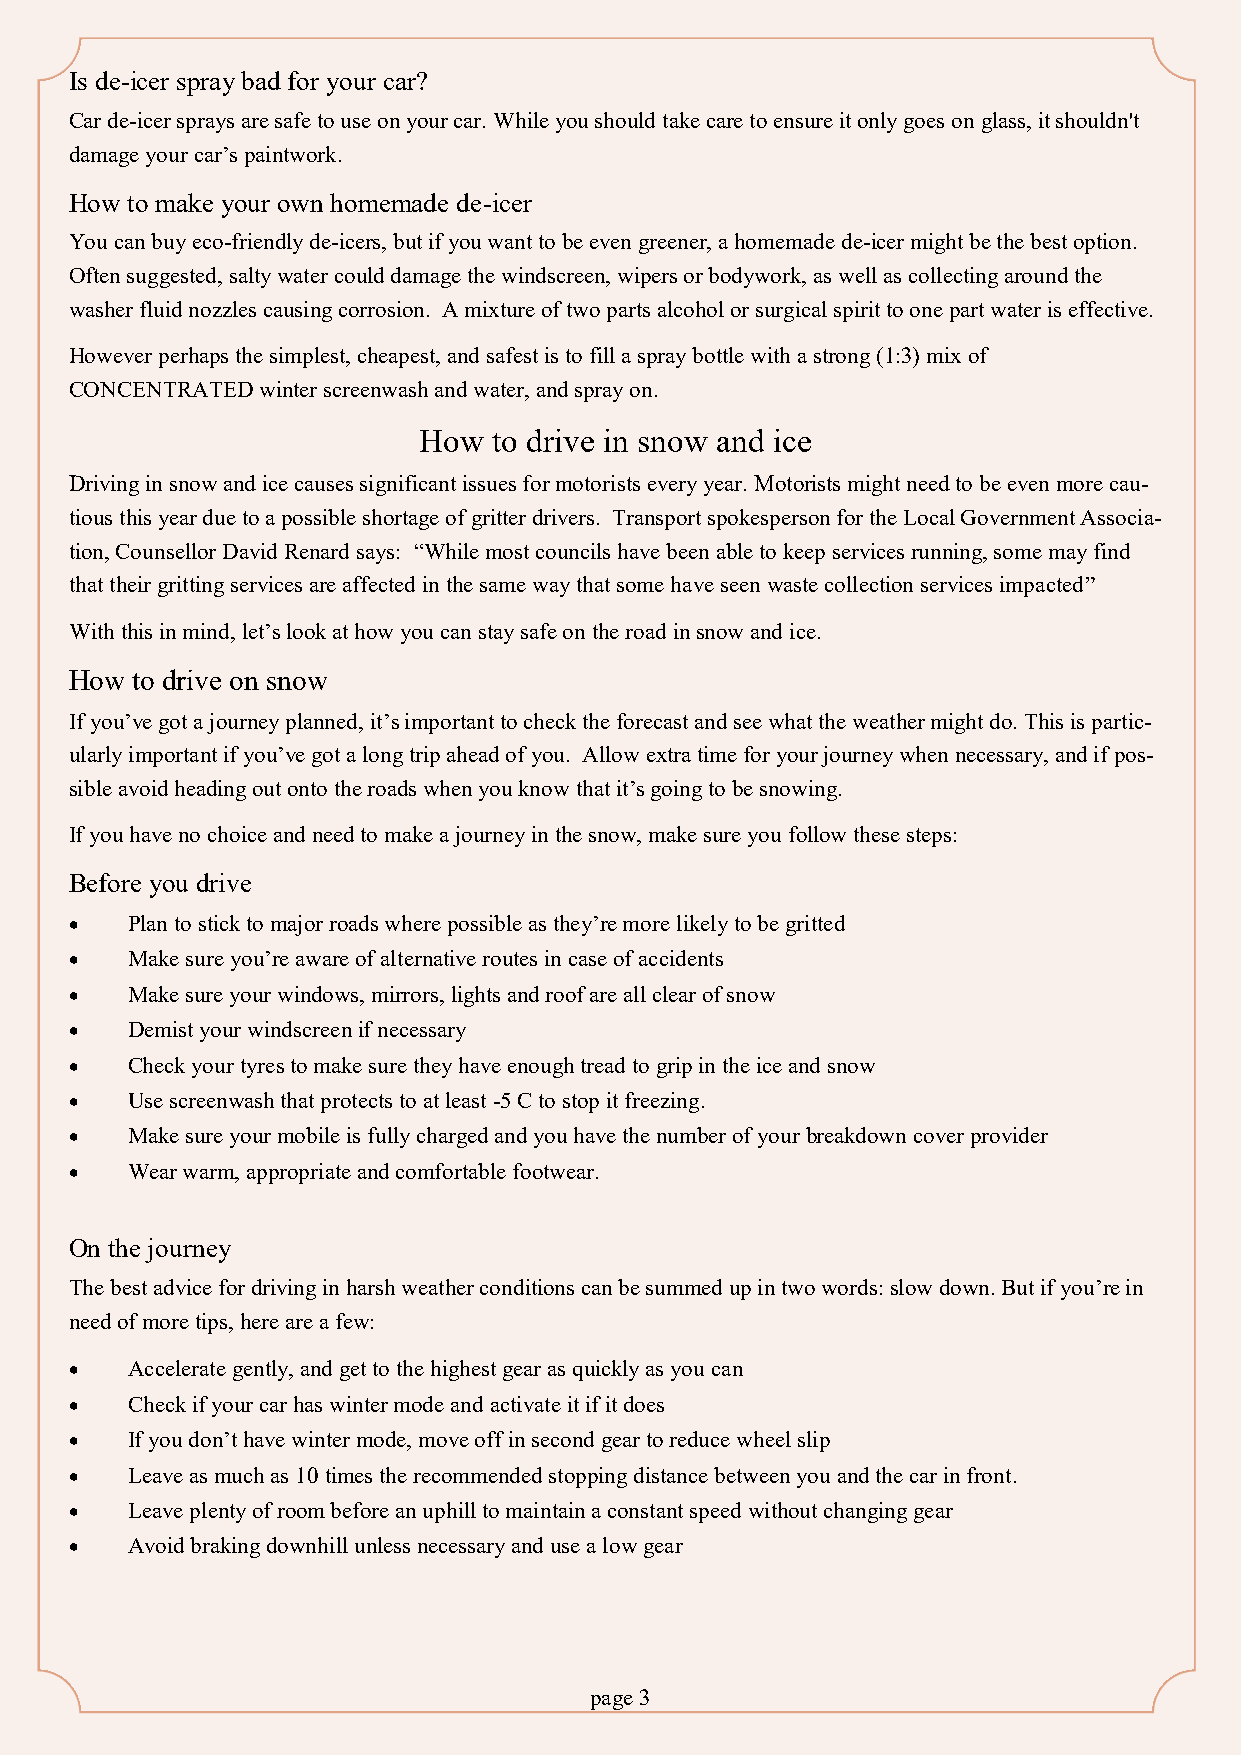
Is de-icer spray bad for your car?
 Car de-icer sprays are safe to use on your car. While you should take care to ensure it only goes on glass, it shouldn't
 damage your car’s paintwork.
 How to make your own homemade de-icer
 You can buy eco-friendly de-icers, but if you want to be even greener, a homemade de-icer might be the best option.
 Often suggested, salty water could damage the windscreen, wipers or bodywork, as well as collecting around the
 washer fluid nozzles causing corrosion. A mixture of two parts alcohol or surgical spirit to one part water is effective.
 However perhaps the simplest, cheapest, and safest is to fill a spray bottle with a strong (1:3) mix of
 CONCENTRATED winter screenwash and water, and spray on.
 How  to drive in snow and ice
 Driving in snow and ice causes significant issues for motorists every year. Motorists might need to be even more cau-
 tious this year due to a possible shortage of gritter drivers. Transport spokesperson for the Local Government Associa-
 tion, Counsellor David Renard says: “While most councils have been able to keep services running, some may find
 that their gritting services are affected in the same way that some have seen waste collection services impacted”
 With this in mind, let’s look at how you can stay safe on the road in snow and ice.
 How to drive on snow
 If you’ve got a journey planned, it’s important to check the forecast and see what the weather might do. This is partic-
 ularly important if you’ve got a long trip ahead of you. Allow extra time for your journey when necessary, and if pos-
 sible avoid heading out onto the roads when you know that it’s going to be snowing.
 If you have no choice and need to make a journey in the snow, make sure you follow these steps:
 Before you drive
 •  Plan to stick to major roads where possible as they’re more likely to be gritted
 •  Make sure you’re aware of alternative routes in case of accidents
 •  Make sure your windows, mirrors, lights and roof are all clear of snow
 •  Demist your windscreen if necessary
 •  Check your tyres to make sure they have enough tread to grip in the ice and snow
 •  Use screenwash that protects to at least -5 C to stop it freezing.
 •  Make sure your mobile is fully charged and you have the number of your breakdown cover provider
 •  Wear warm, appropriate and comfortable footwear.
 On the journey
 The best advice for driving in harsh weather conditions can be summed up in two words: slow down. But if you’re in
 need of more tips, here are a few:
 •  Accelerate gently, and get to the highest gear as quickly as you can
 •  Check if your car has winter mode and activate it if it does
 •  If you don’t have winter mode, move off in second gear to reduce wheel slip
 •  Leave as much as 10 times the recommended stopping distance between you and the car in front.
 •  Leave plenty of room before an uphill to maintain a constant speed without changing gear
 •  Avoid braking downhill unless necessary and use a low gear
 page 3